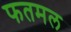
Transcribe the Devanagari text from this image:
फतमल